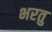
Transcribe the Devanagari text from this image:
भरतु